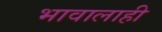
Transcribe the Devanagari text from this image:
भावालाही